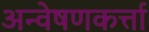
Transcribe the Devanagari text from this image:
अन्वेषणकर्त्ता